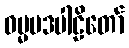
ဓမ္မပဒပါဠိတော်